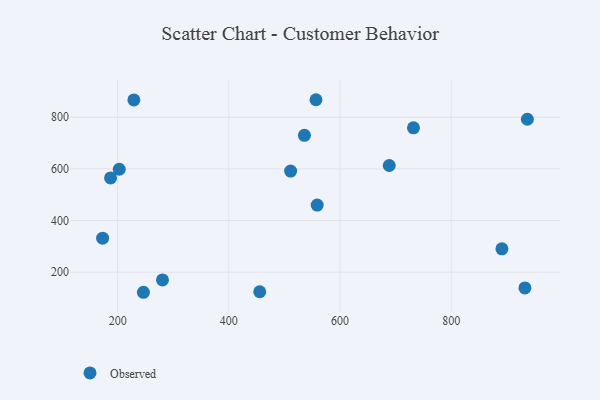
{"axis": {"x": "Ad Spend", "y": "Demand"}, "legend": ["Observed"], "data": [{"x": "688.6", "y": 613.3, "type": "Observed"}, {"x": "187.3", "y": 565.2, "type": "Observed"}, {"x": "280.7", "y": 170.1, "type": "Observed"}, {"x": "732.2", "y": 759.1, "type": "Observed"}, {"x": "536.0", "y": 730.1, "type": "Observed"}, {"x": "173.0", "y": 331.9, "type": "Observed"}, {"x": "511.2", "y": 591.8, "type": "Observed"}, {"x": "455.6", "y": 124.3, "type": "Observed"}, {"x": "202.9", "y": 598.7, "type": "Observed"}, {"x": "246.4", "y": 122.2, "type": "Observed"}, {"x": "891.3", "y": 290.5, "type": "Observed"}, {"x": "556.8", "y": 868.0, "type": "Observed"}, {"x": "229.2", "y": 867.1, "type": "Observed"}, {"x": "937.1", "y": 792.4, "type": "Observed"}, {"x": "932.7", "y": 138.9, "type": "Observed"}, {"x": "559.0", "y": 460.1, "type": "Observed"}]}